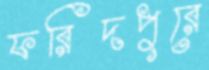
ফরিদপুরে